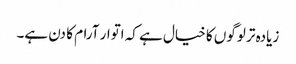
زیادہ تر لوگوں کا خیال ہے کہ اتوار آرام کا دن ہے۔